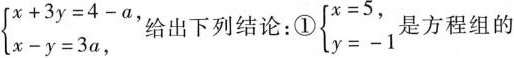
$$\ left\ { \begin { array } { l }